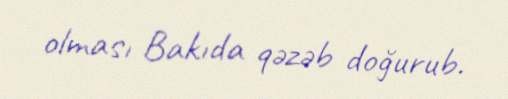
olması Bakıda qəzəb doğurub.